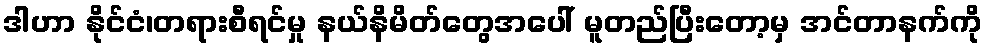
ဒါဟာ နိုင်ငံ၊တရားစီရင်မှု နယ်နိမိတ်တွေအပေါ် မူတည်ပြီးတော့မှ အင်တာနက်ကို